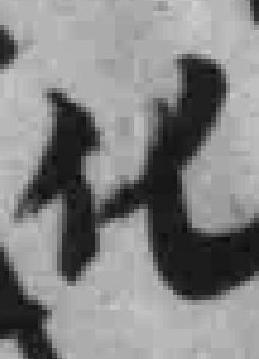
化